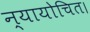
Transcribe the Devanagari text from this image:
न्यायोचित।